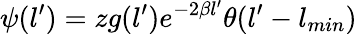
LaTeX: \psi(l^{\prime})=zg(l^{\prime})e^{-2\beta l^{\prime}}\theta(l^{\prime}-l_{min})